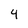
Character: 4